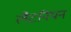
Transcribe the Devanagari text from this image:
लैटनियन